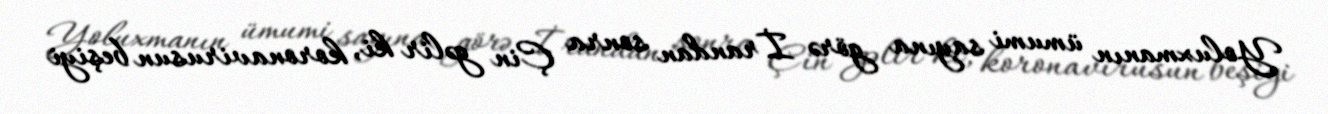
Yoluxmanın ümumi sayına görə İrandan sonra Çin gəlir ki, koronavirusun beşiyi